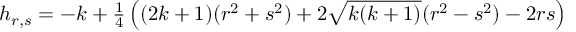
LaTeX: h _ { r , s } = - k + { \textstyle \frac { 1 } { 4 } } \left( ( 2 k + 1 ) ( r ^ { 2 } + s ^ { 2 } ) + 2 \sqrt { k ( k + 1 ) } ( r ^ { 2 } - s ^ { 2 } ) - 2 r s \right)